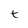
Character: t